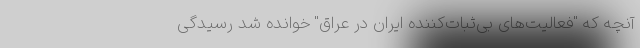
آنچه که "فعالیت‌های بی‌ثبات‌کننده ایران در عراق" خوانده شد رسیدگی